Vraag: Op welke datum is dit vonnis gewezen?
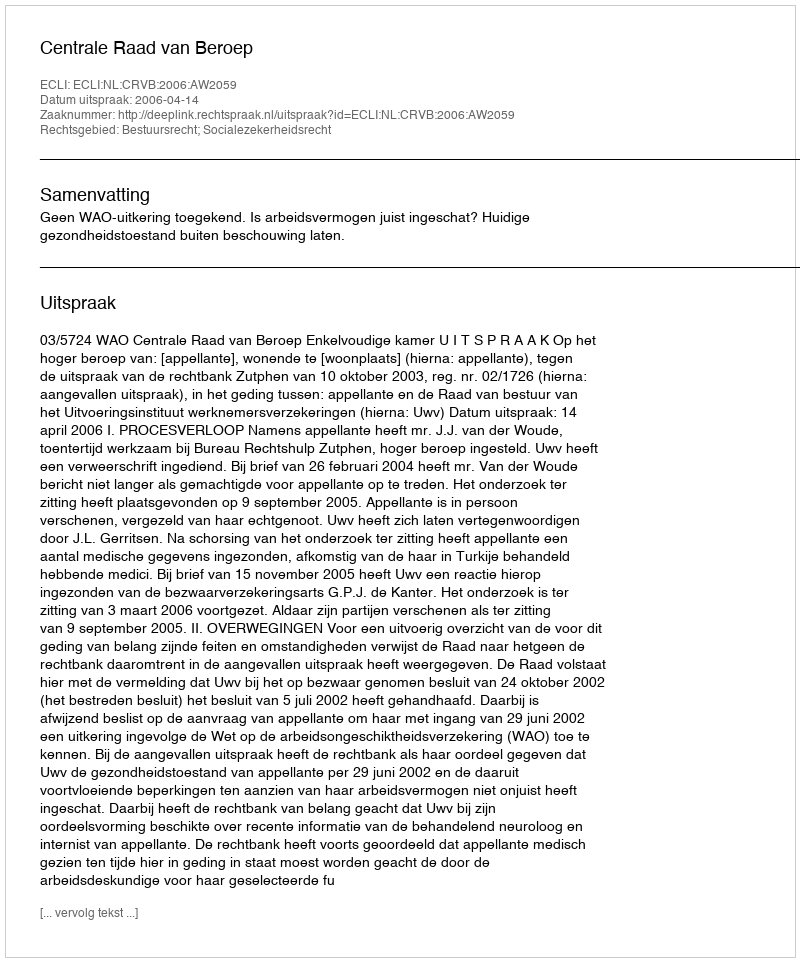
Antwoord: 2006-04-14